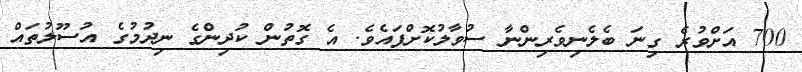
700 އަށްވުރެ ގިނަ ބެލެނިވެރިންނާ ސުވާލުކޮށްފައެވެ. އެ ގޮތުން ކުދިންގެ ނިދުމުގެ އުސޫލުތައް